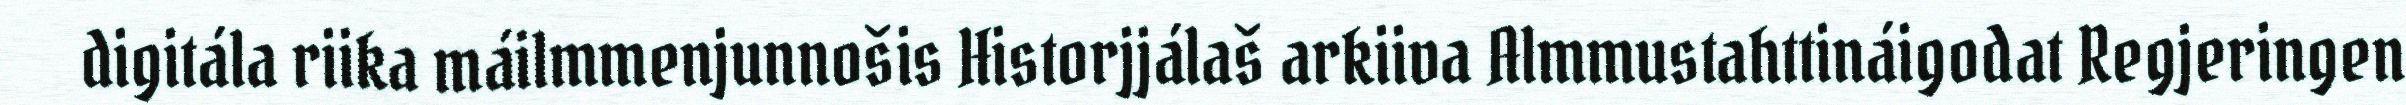
digitála riika máilmmenjunnošis Historjjálaš arkiiva Almmustahttináigodat Regjeringen